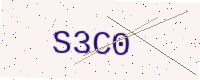
Text: S3C0